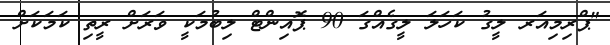
"ޕްރިމިއަރ ލީގު ކަހަލަ ލީގެއްގަ 90 ޕޮއިންޓް ލިބުމަކީ ވަރަށް ރީތި ކަމަކަށް